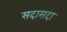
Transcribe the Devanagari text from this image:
सदासदा